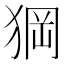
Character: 𱮂